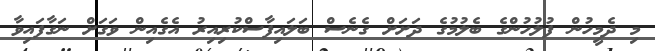
މި ދެމީހުން ފުލުހުންގެ ބެލުމުގެ ދަށަށް ގެނެސް ބަލައިފާސްކުރިއިރު އެގެއިން ވަގަށް ނަގާފައިވާ